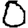
Digit: 0